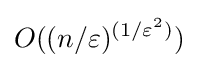
O((n/\varepsilon )^{(1/\varepsilon ^{2})})